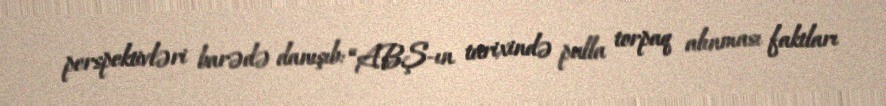
perspektivləri barədə danışıb: “ABŞ-ın tarixində pulla torpaq alınması faktları